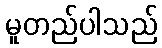
မူတည်ပါသည်